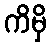
ကိမှိ